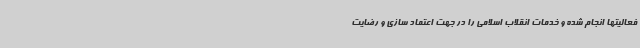
فعالیتها انجام شده و خدمات انقلاب اسلامی را در جهت اعتماد سازی و رضایت